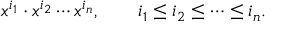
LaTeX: x ^ { i _ { 1 } } \cdot x ^ { i _ { 2 } } \cdots x ^ { i _ { n } } , \qquad i _ { 1 } \leq i _ { 2 } \leq \cdots \leq i _ { n } .